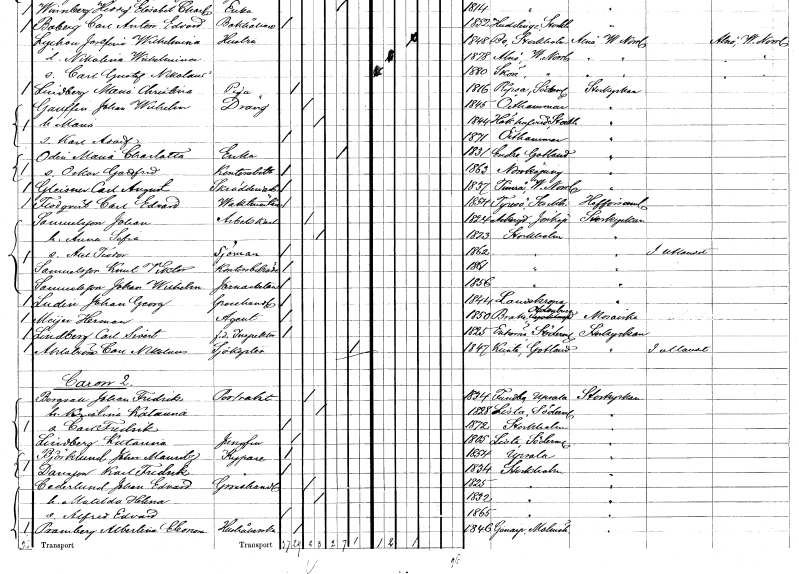
gt_parse: households: individuals: FN: Maria Charlotta
EN: Oden
YRKE: Änka
KON: K
CIV: E
FODAR: 1831
FODFORS: Endre Gotlands län
FN: Oskar Gottfrid
KON: M
CIV: O
FODAR: 1863
FODFORS: Norrköping Östergötlands län
FN: Carl August
EN: Gleisner
YRKE: Skrädderiarbetare
KON: M
CIV: O
FODAR: 1837
FODFORS: Timrå Västernorrlands län
FN: Carl Edvard
EN: Flodqvist
YRKE: Vaktmästare
KON: M
CIV: O
FODAR: 1854
FODFORS: Tyresö Stockholms län
FN: Johan
EN: Samuelsson
YRKE: Arbetskarl
KON: M
CIV: G
FODAR: 1824
FODFORS: Askeryd Jönköpings län
FN: Anna Sofia
KON: K
CIV: G
FODAR: 1823
FODFORS: Stockholm
FN: Axel Teodor
YRKE: Sjöman
KON: M
CIV: O
FODAR: 1862
FODFORS: Stockholm
FN: Knut Viktor
EN: Samuelsson
YRKE: Kontorsbiträde
KON: M
CIV: O
FODAR: 1861
FODFORS: Stockholm
FN: Johan Wilhelm
EN: Samuelsson
YRKE: Järnarbetare
KON: M
CIV: O
FODAR: 1856
FODFORS: Stockholm
FN: Johan Georg
EN: Lundin
YRKE: Grosshandlare
KON: M
CIV: O
FODAR: 1844
FODFORS: Landskrona Malmöhus län
FN: Herman
EN: Meÿer
YRKE: Agent
KON: M
CIV: O
FODAR: 1850
FN: Carl Severt
EN: Lindberg
YRKE: Inspektor f.d.
KON: M
CIV: O
FODAR: 1825
FODFORS: Enhörna Stockholms län
FN: Carl Nikolaus
EN: Ahlström
YRKE: Sjökapten
KON: M
CIV: X
FODAR: 1847
FODFORS: Klinte Gotlands län
FN: Johan Fredrik
EN: Bergvall
YRKE: Portvakt
KON: M
CIV: G
FODAR: 1834
FODFORS: Funbo Uppsala län
FN: Kristina Katarina
KON: K
CIV: G
FODAR: 1828
FODFORS: Lista Södermanlands län
FN: Carl Fredrik
KON: M
CIV: O
FODAR: 1872
FODFORS: Stockholm
FN: Katarina
EN: Lindberg
YRKE: Jungfru
KON: K
CIV: O
FODAR: 1805
FODFORS: Lista Södermanlands län
FN: John Mauritz
EN: Björklund
YRKE: Kypare
KON: M
CIV: O
FODAR: 1854
FODFORS: Uppsala Uppsala län
FN: Karl Fredrik
EN: Dansson
YRKE: Kypare
KON: M
CIV: O
FODAR: 1834
FODFORS: Stockholm
FN: Johan Edvard
EN: Cederlund
YRKE: Grosshandlare
KON: M
CIV: G
FODAR: 1825
FODFORS: Stockholm
FN: Matilda Helena
KON: K
CIV: G
FODAR: 1832
FODFORS: Stockholm
FN: Alfred Edvard
KON: M
CIV: O
FODAR: 1865
FODFORS: Stockholm
FN: Albertina Eleonora
EN: Pramberg
YRKE: Hushållerska
KON: K
CIV: O
FODAR: 1846
FODFORS: Genarp Malmöhus län